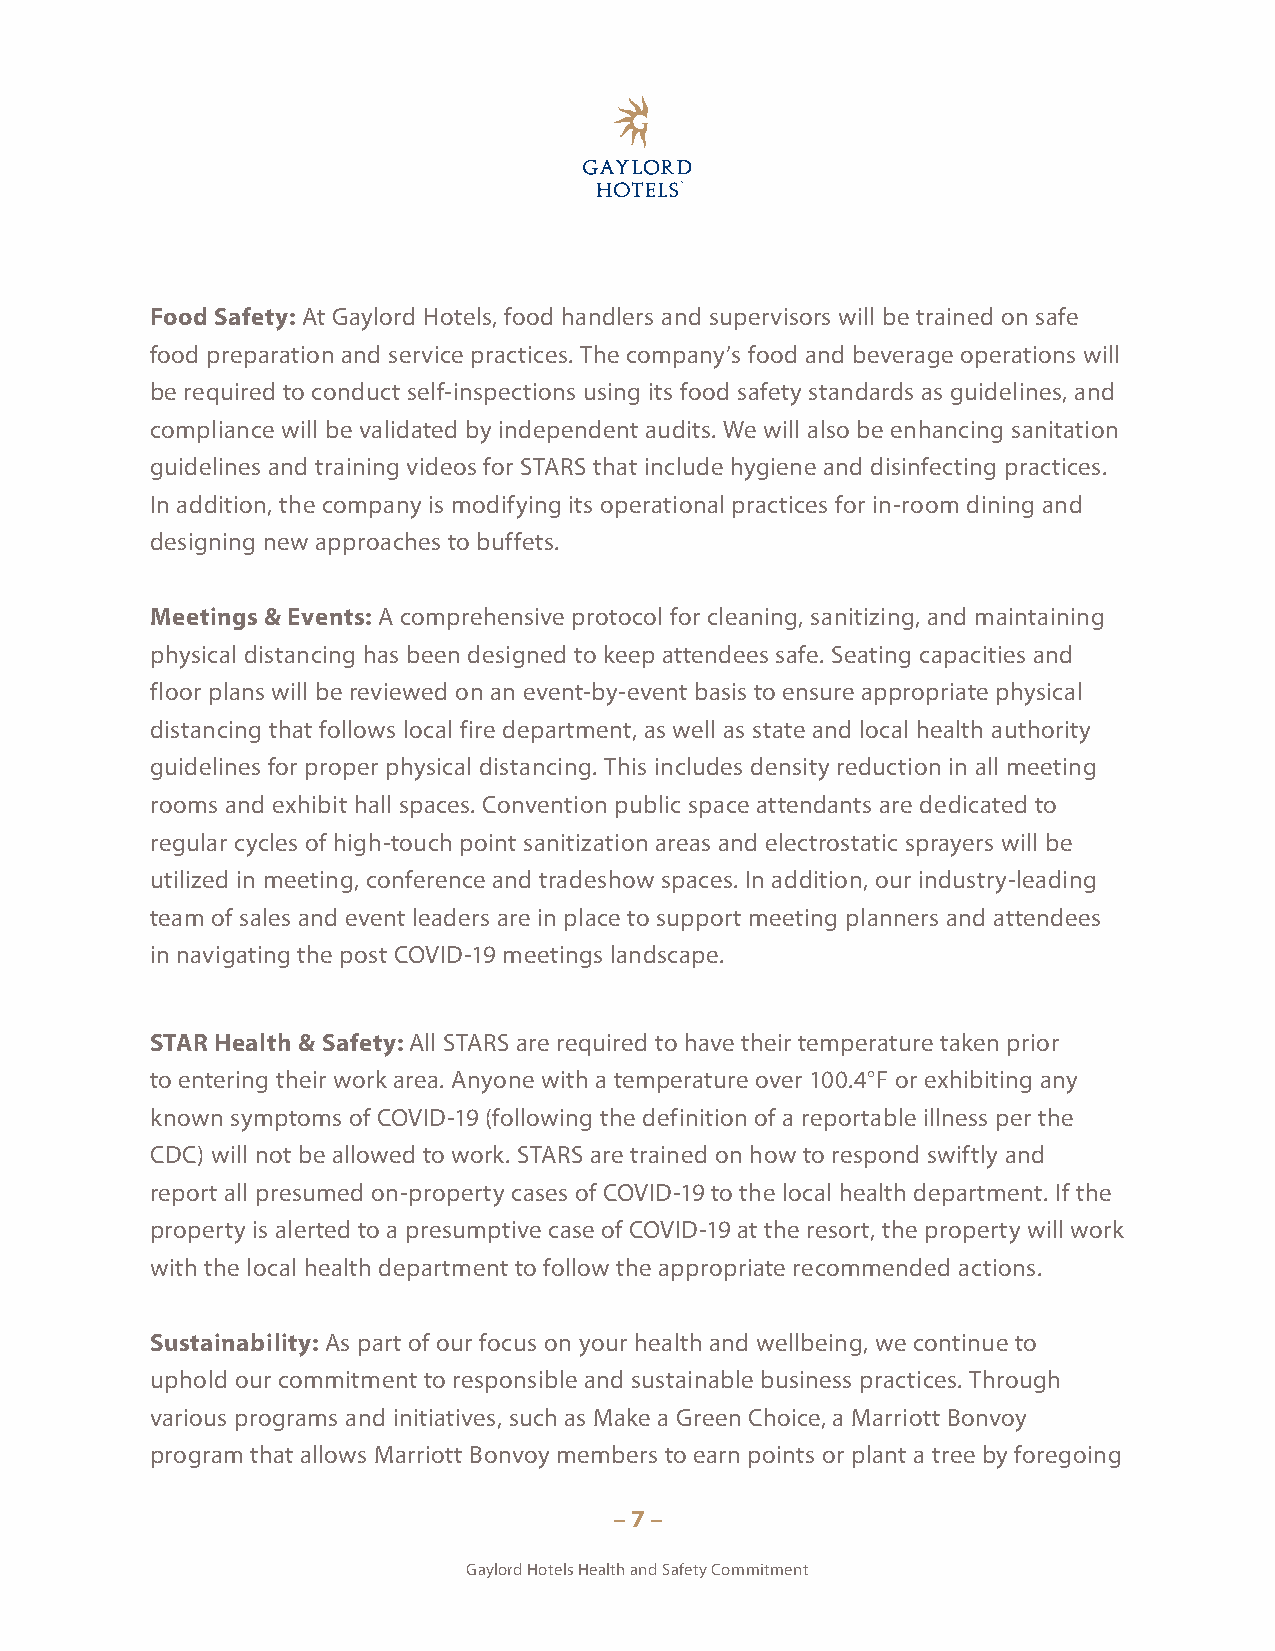
Food Safety: At Gaylord Hotels, food handlers and supervisors will be trained on safe
 food preparation and service practices. The company’s food and beverage operations will
 be required to conduct self-inspections using its food safety standards as guidelines, and
 compliance will be validated by independent audits. We will also be enhancing sanitation
 guidelines and training videos for STARS that include hygiene and disinfecting practices.
 In addition, the company is modifying its operational practices for in-room dining and
 designing new approaches to buffets.
 Meetings & Events: A comprehensive protocol for cleaning, sanitizing, and maintaining
 physical distancing has been designed to keep attendees safe. Seating capacities and
 floor plans will be reviewed on an event-by-event basis to ensure appropriate physical
 distancing that follows local fire department, as well as state and local health authority
 guidelines for proper physical distancing. This includes density reduction in all meeting
 rooms and exhibit hall spaces. Convention public space attendants are dedicated to
 regular cycles of high-touch point sanitization areas and electrostatic sprayers will be
 utilized in meeting, conference and tradeshow spaces. In addition, our industry-leading
 team of sales and event leaders are in place to support meeting planners and attendees
 in navigating the post COVID-19 meetings landscape.
 STAR Health & Safety: All STARS are required to have their temperature taken prior
 to entering their work area. Anyone with a temperature over 100.4°F or exhibiting any
 known symptoms of COVID-19 (following the definition of a reportable illness per the
 CDC) will not be allowed to work. STARS are trained on how to respond swiftly and
 report all presumed on-property cases of COVID-19 to the local health department. If the
 property is alerted to a presumptive case of COVID-19 at the resort, the property will work
 with the local health department to follow the appropriate recommended actions.
 Sustainability: As part of our focus on your health and wellbeing, we continue to
 uphold our commitment to responsible and sustainable business practices. Through
 various programs and initiatives, such as Make a Green Choice, a Marriott Bonvoy
 program that allows Marriott Bonvoy members to earn points or plant a tree by foregoing
 – 7 –
 Gaylord Hotels Health and Safety Commitment